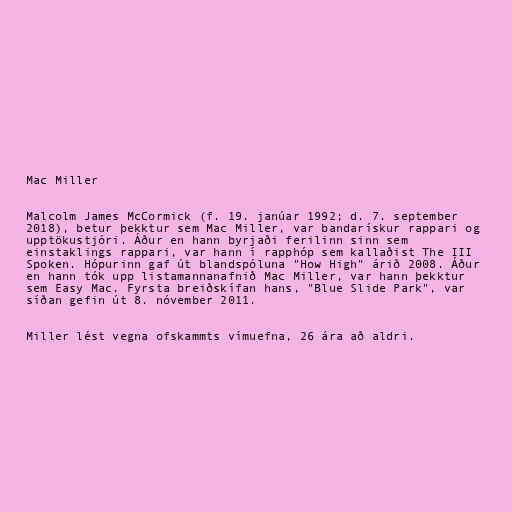
Mac Miller

Malcolm James McCormick (f. 19. janúar 1992; d. 7. september
2018), betur þekktur sem Mac Miller, var bandarískur rappari og
upptökustjóri. Áður en hann byrjaði ferilinn sinn sem
einstaklings rappari, var hann í rapphóp sem kallaðist The III
Spoken. Hópurinn gaf út blandspóluna "How High" árið 2008. Áður
en hann tók upp listamannanafnið Mac Miller, var hann þekktur
sem Easy Mac. Fyrsta breiðskífan hans, "Blue Slide Park", var
síðan gefin út 8. nóvember 2011.

Miller lést vegna ofskammts vímuefna, 26 ára að aldri.